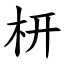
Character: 枅